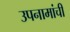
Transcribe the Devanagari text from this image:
उपनामांची